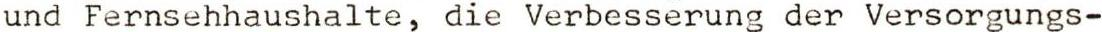
und Fernsehhaushalte, die Verbesserung der Versorgungs-